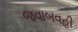
જવાબવહી